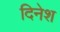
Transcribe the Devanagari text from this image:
दिनेश